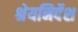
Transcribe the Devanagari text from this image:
श्रेयनिर्देश